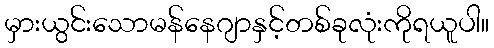
မှားယွင်းသောမန်နေဂျာနှင့်တစ်ခုလုံးကိုရယူပါ။